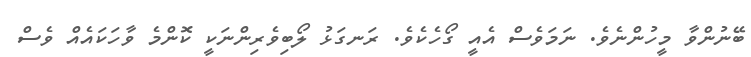
ބޭނުންވާ މީހުންނެވެ. ނަމަވެސް އެއީ ގޯހެކެވެ. ރަނގަޅު ލޯބިވެރިންނަކީ ކޮންމެ ވާހަކައެއް ވެސް